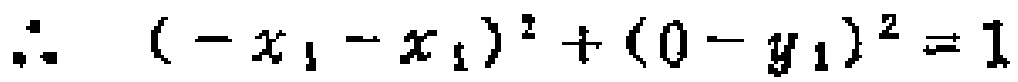
\(\therefore\ \left(-x_{1}-x_{1}\right)^{2}+\left(0 - y_{1}\right)^{2}=1\)